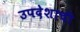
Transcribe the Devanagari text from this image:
उपदेशाची